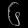
Digit: ၆